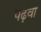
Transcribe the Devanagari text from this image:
पढ़वा